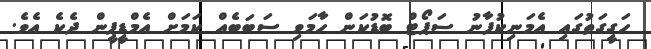
ހަގީގަތުގައި އެމަނިކުފާނު ސަޕޯޓް ބޮޑުކަން ހާމަވި ސަބަބެއް ކަމަށް އެމްޑީޕީން ދެކެ އެވެ.